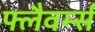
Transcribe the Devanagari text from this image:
फ्लैवर्म्स